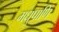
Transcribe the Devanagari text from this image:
मधुपाणि